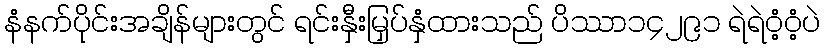
နံနက်ပိုင်းအချိန်များတွင် ရင်းနှီးမြှပ်နှံထားသည် ပိဿာ၁၄၂၉၁ ရဲရဲဝံ့ဝံ့ပဲ